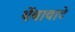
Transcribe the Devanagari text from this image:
थेंबावाटे